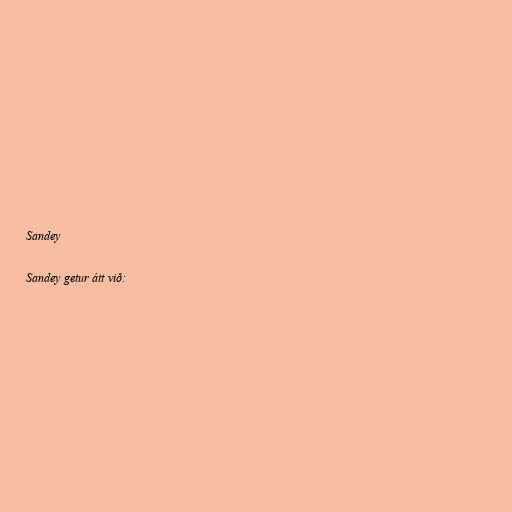
Sandey

Sandey getur átt við: